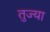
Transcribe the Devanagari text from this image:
तुज्या